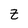
Character: Z